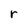
Character: r